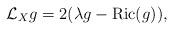
LaTeX: \begin{align*} \mathcal{L}_Xg=2(\lambda g-\mbox{Ric}(g)),\end{align*}